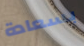
بسعادة